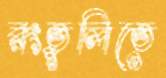
রংতুলিতে